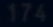
17A